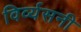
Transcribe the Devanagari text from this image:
विर्व्यसनी